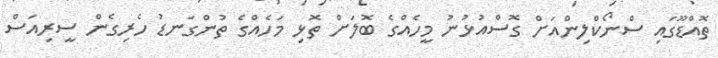
ތޮއްޑޫގައި ސްނޯކްލިންއަށް ގޮސްއުޅުނު މީހެއްގެ ބޮލަށް ތޮޅި މަހެއްގެ ތުންގަނޑު ހެރިގެން ސީރިއަސް